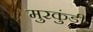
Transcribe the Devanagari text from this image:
मुरकुंडी